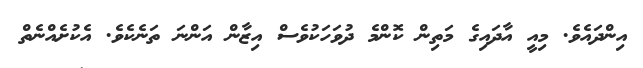
އިންދައެވެ. މިއީ އާދައިގެ މަތިން ކޮންމެ ދުވަހަކުވެސް އިޒާން އަންނަ ތަނެކެވެ. އެކުށެއްނެތް